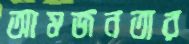
আমজনতার